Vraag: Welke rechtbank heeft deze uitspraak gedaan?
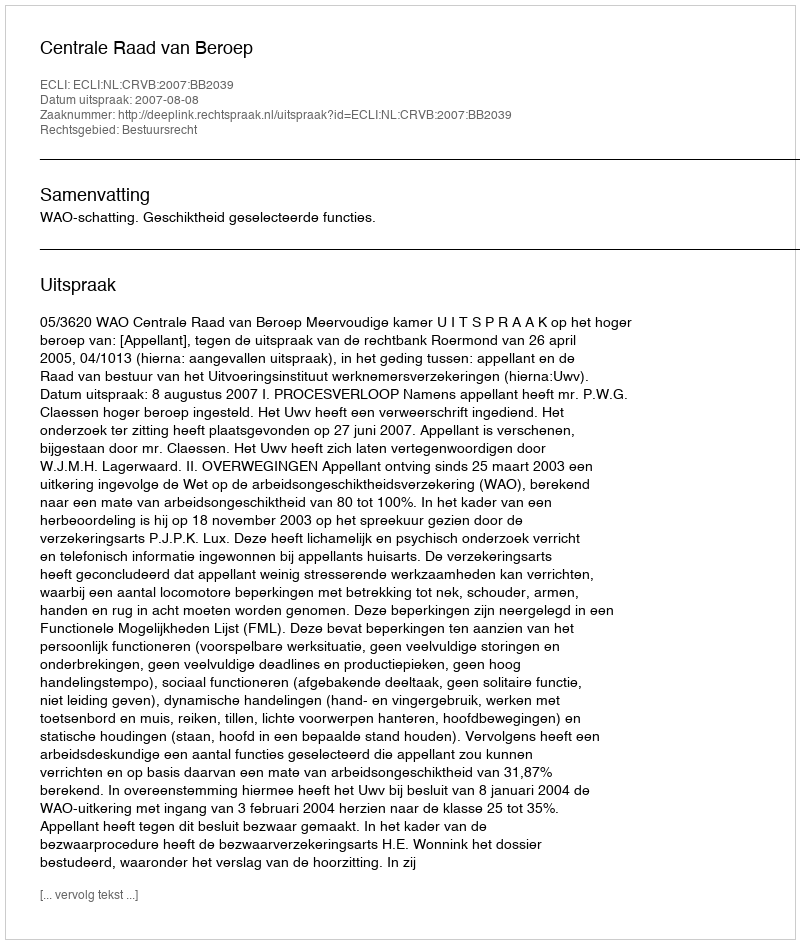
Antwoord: Centrale Raad van Beroep